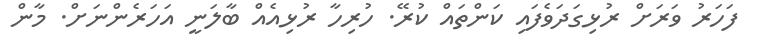
ފަހަރު ވަރަށް ރުޅިގަދަވެފައި ކަންތައް ކުރޭ. ހުރިހާ ރުޅިއެއް ބާލަނީ އަހަރެންނަށް. މާން